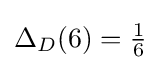
\Delta _{D}(6)={\tfrac {1}{6}}